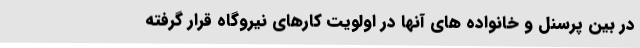
در بین پرسنل و خانواده های آنها در اولویت کارهای نیروگاه قرار گرفته